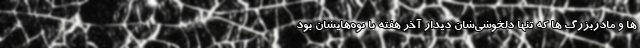
ها و مادربزرگ ها که تنها دلخوشی‌شان دیدار آخر هفته با نوه‌هایشان بود